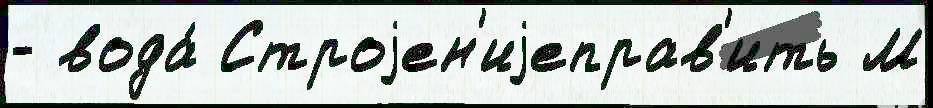
- вода́ Строjен'иjеправ'ить М